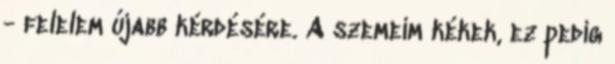
- felelem újabb kérdésére. A szemeim kékek, ez pedig